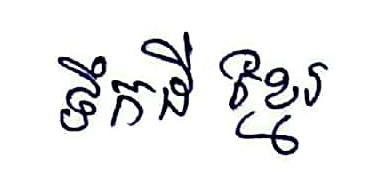
ទឹកដី ខ្មែរ